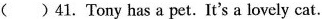
( ) 41. Tony has a pet. It's a lovely cat.